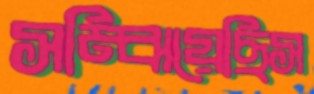
সম্‌ঝিয়েছিস